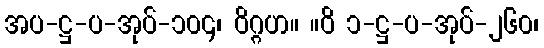
အပ-ဋ္ဌ-ပ-အုပ်-၁၀၄၊ ဝိဂ္ဂဟ။ ။ဝိ ၁-ဋ္ဌ-ပ-အုပ်-၂၆၀၊